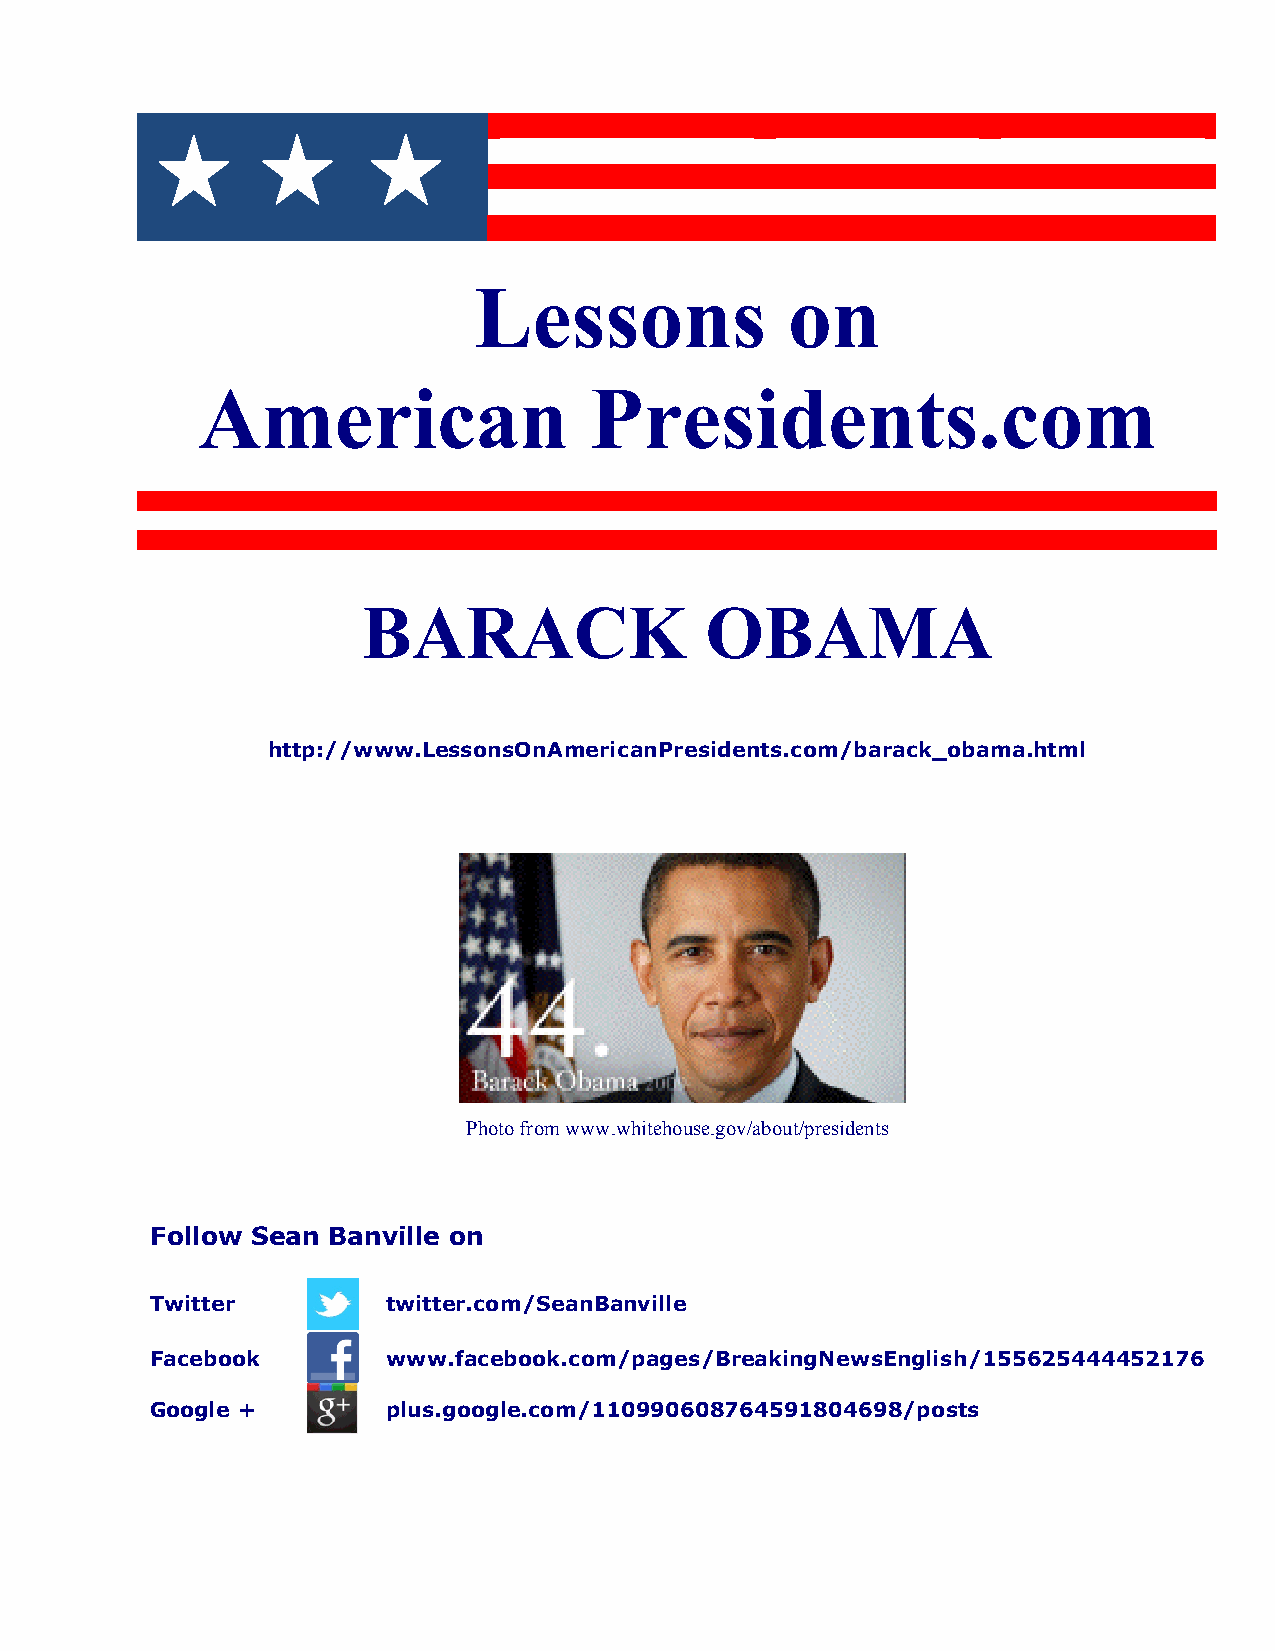
Lessons              on
 American                  Presidents.com
 BARACK                 OBAMA
 http://www.LessonsOnAmericanPresidents.com/barack_obama.html
 Photo from www.whitehouse.gov/about/presidents
 Follow Sean Banville on
 Twitter         twitter.com/SeanBanville
 Facebook        www.facebook.com/pages/BreakingNewsEnglish/155625444452176
 Google +        plus.google.com/110990608764591804698/posts